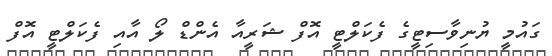
ގައުމީ ޔުނިވާސިޓީގެ ފެކަލްޓީ އޮފް ޝަރީއާ އެންޑް ލޯ އާއި ފެކަލްޓީ އޮފް